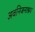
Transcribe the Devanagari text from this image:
अवनिजनाश्रय